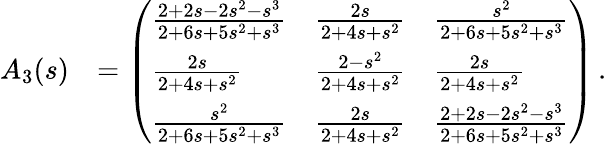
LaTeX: \begin{array}{rl}{A_{3}(s)}&{=\left(\begin{array}{lll}{\frac{2+2s-2s^{2}-s^{3}}{2+6s+5s^{2}+s^{3}}}&{\frac{2s}{2+4s+s^{2}}}&{\frac{s^{2}}{2+6s+5s^{2}+s^{3}}}\\ {\frac{2s}{2+4s+s^{2}}}&{\frac{2-s^{2}}{2+4s+s^{2}}}&{\frac{2s}{2+4s+s^{2}}}\\ {\frac{s^{2}}{2+6s+5s^{2}+s^{3}}}&{\frac{2s}{2+4s+s^{2}}}&{\frac{2+2s-2s^{2}-s^{3}}{2+6s+5s^{2}+s^{3}}}\end{array}\right)\, .}\end{array}